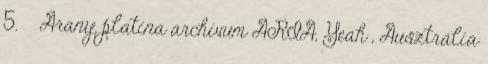
5. ↑ Arany, platina archívum ARIA, Yeah , Ausztrália